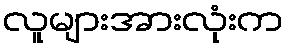
လူများအားလုံးက